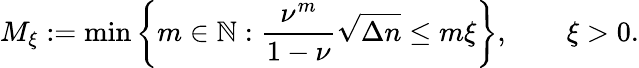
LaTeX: M_{\xi}:=\operatorname*{min}\left\{ m\in\mathbb{N}:\frac{\nu^{m}}{1-\nu}\sqrt{\Delta n}\leq m{\xi}\right\} ,\qquad\xi>0.